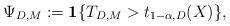
LaTeX: \begin{align*}\Psi_{D,M}:=\mathbf{1}\{T_{D,M} > t_{1-\alpha,D}(X)\},\end{align*}